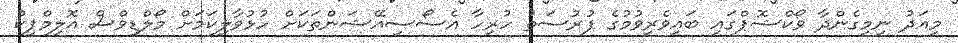
މިއަދު ނިމިގެންދާ ވޯކްޝޮޕްގައި ބައިވެރިވުމުގެ ފުރުސަތު ހުރިހާ އެސޯސިއޭޝަންތަކަށް ހުޅުވާލިކަމަށް މޯލްޑިވްސް އޮލިމްޕިކް